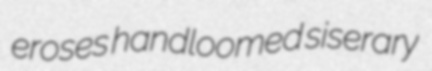
eroses handloomed siserary